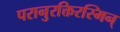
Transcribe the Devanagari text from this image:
परानुरक्तिरस्मिन्‌